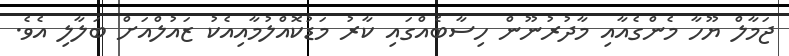
ޖަމާލް ޔޫހާ މެންގެއާއި މާދުރުނޫން ހިސާބެއްގައި ކާރު މަޑުކޮއްލުމާއިއެކު ޒައުލްއަށް ބަލާލި އެވެ.